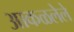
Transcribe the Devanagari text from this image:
आकळलेले